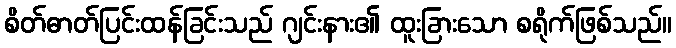
စိတ်ဓာတ်ပြင်းထန်ခြင်းသည် ဂျင်းနား၏ ထူးခြားသော စရိုက်ဖြစ်သည်။